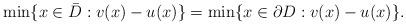
LaTeX: \begin{align*}\min\{x\in\bar{D}:v(x)-u(x) \}=\min\{x\in \partial D: v(x)-u(x) \}.\end{align*}